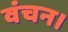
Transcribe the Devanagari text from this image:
वंचन।